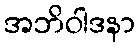
အဘိဝါဒနာ